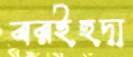
বরইহুদা